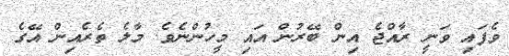
ވެފައި ވަނީ ރާއްޖެ އިން ބޭރުން އައި މީހުންނެވެ. މާލެ ތެރެއިން އޭގެ